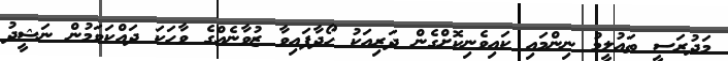
މަދުރަސީ ތައުލީމު ނިންމައި ކައިވެނިކޮށްގެން ދަރިއަކު ހޯދާފައިވާ ޒުވާނެއްގެ ވާހަކަ ދައްކަވަމުން ނަޝީދު